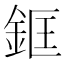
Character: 𨦑